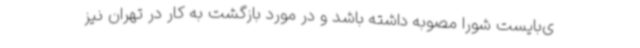
ی‌بایست شورا مصوبه داشته باشد و در مورد بازگشت به کار در تهران نیز